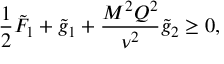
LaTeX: \frac { 1 } { 2 } \tilde { F } _ { 1 } + \tilde { g } _ { 1 } + \frac { M ^ { 2 } Q ^ { 2 } } { \nu ^ { 2 } } \tilde { g } _ { 2 } \geq 0 ,